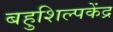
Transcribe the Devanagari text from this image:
बहुशिल्पकेंद्र